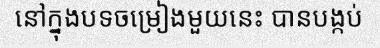
នៅក្នុងបទចម្រៀងមួយនេះ បានបង្កប់